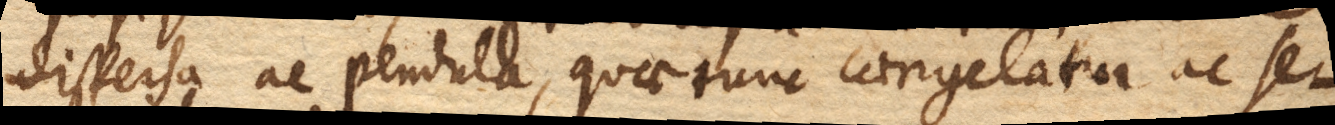
dispersa ac pendula, quae tunc congelatur ac se–